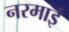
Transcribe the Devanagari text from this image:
नरमाई